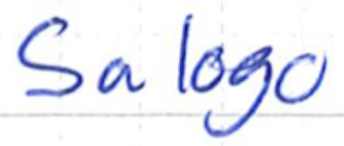
Text: Salogo
Cross-out: clean
Writing tool: ballpoint